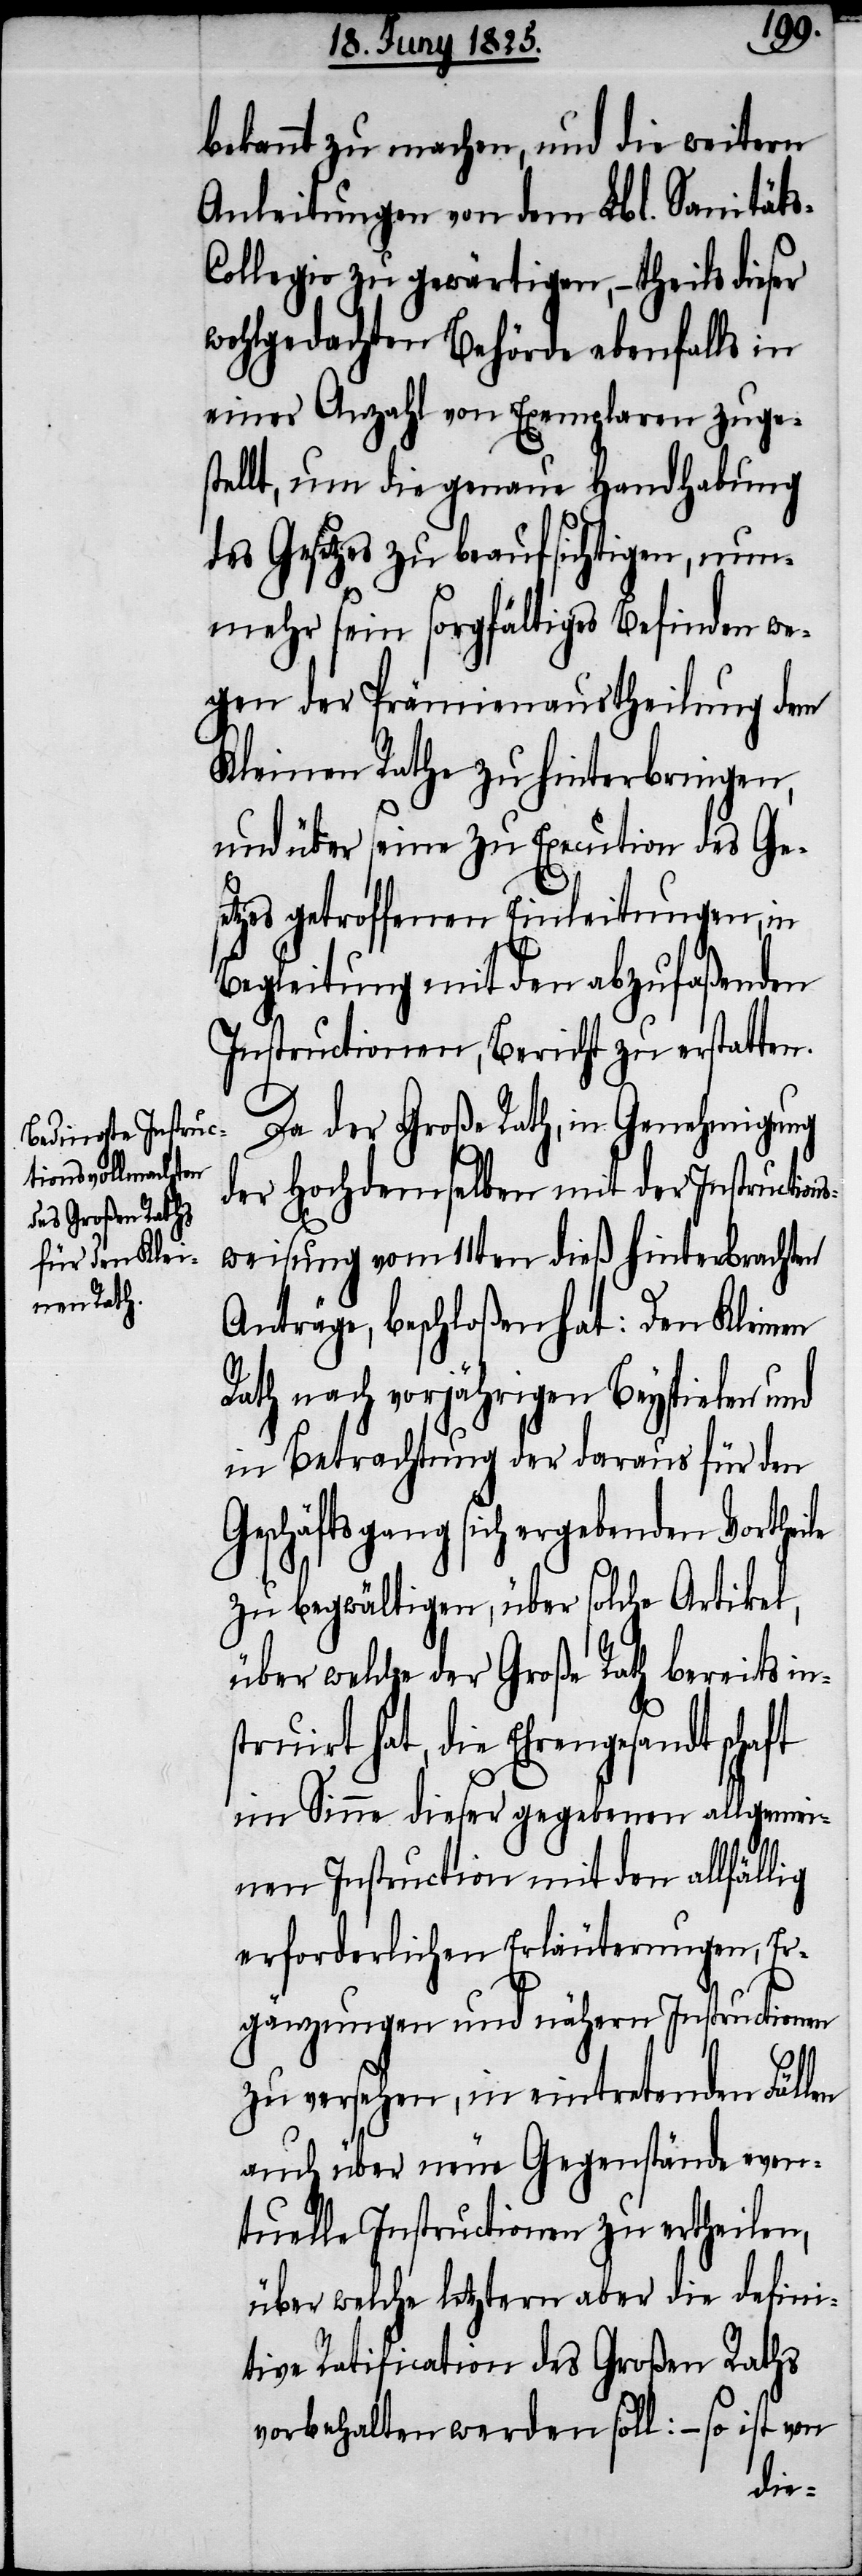
bekannt zu machen, und die weitern
Anleitungen von dem Lbl. Sanität¬
ollegio zu gewärtigen, – theils
wohlgedachten Behörde ebenfalls in
einer Anzahl von Exemplaren zuges¬
tellt, um die genaue Handhabung
des Gesetzes zu beaufsichtigen, nun¬
mehr sein sorgfältiges Befinden we¬
gen der Prämienaustheilung dem
Kleinen Rathe zu hinterbringen,
und über seine zu Execution des Ges¬
etzes getroffenen Einleitungen, in
Begleitung mit den abzufaßenden
Instructionen, Bericht zu erstatten.
Da der Große Rath, in Genehmigung
der Hochdemselben mit der Instruction¬
sweisung vom 11ten dieß hinterbrachten
Anträge, beschloßen hat: Den Kleinen
Rath nach vorjährigen Beyspielen und
in Betrachtung der daraus für den
Geschäftsgang sich ergebenden Vorthei¬
zu begwältigen, über solche Artikel,
über welche der Große Rath bereits in¬
truirt hat, die Ehrengesandtschaft
im Sinne dieser gegebenen allgemei¬
nen Instruction mit den allfällig
erforderlichen Erläuterungen, Er¬
gänzungen und nähern Instructionen
s¬
zu versehen, in eintretenden Fällen
auch über neue Gegenstände even¬
tuelle Instructionen zu ertheilen,
über welche letztern aber die defini¬
tive Ratification des Großen Raths
vorbehalten werden soll: – so ist von